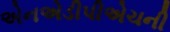
એનએડીપીએચની